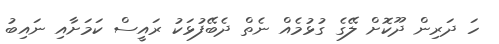
ހަ ދަރިން ދޫކޮށް ލޭގެ ގުޅުމެއް ނެތް ދެބޭފުޅަކު ރައީސް ކަމަށާއި ނައިބު